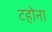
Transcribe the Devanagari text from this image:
टहोना